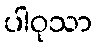
ပါဝုသာ